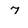
Character: 7